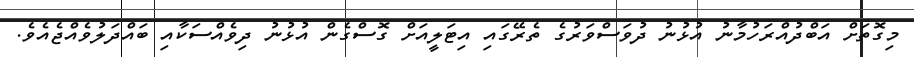
މިގޮތަށް އަބްދުއްރަހުމާނު އުޅުނު ދުވަސްވަރުގެ ތެރޭގައި އިޓަލީއަށް ގޮސްގެން އުޅުނު ދިވެއްސަކާއި ބައްދަލުވެއްޖެއެވެ.